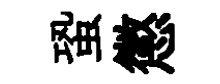
蛩懲